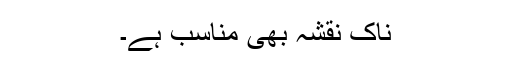
ناک نقشہ بھی مناسب ہے۔